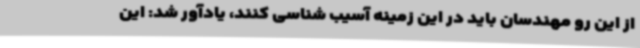
از این رو مهندسان باید در این زمینه آسیب شناسی کنند، یادآور شد: این